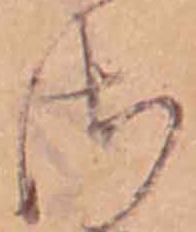
さ